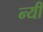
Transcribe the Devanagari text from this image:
न्यी